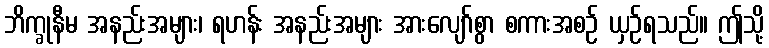
ဘိက္ခုနီမ အနည်းအများ၊ ရဟန်း အနည်းအများ အားလျော်စွာ စကားအစဉ် ယှဉ်ရသည်။ ဤသို့